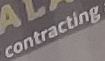
contracting